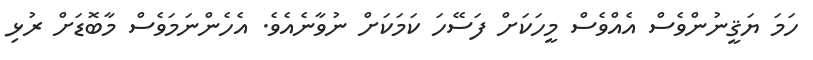
ހަމަ ޔަޤީނުންވެސް އެއްވެސް މީހަކަށް ފަސޭހަ ކަަމަކަށް ނުވާނެއެވެ. އެހެންނަމަވެސް މާބޮޑަށް ރުޅި